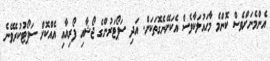
އެންމެނަށްވެސް ކޮންމެ މާހައުލަކާވެސް އެކަށޭނެގޮތަކަށް. އަދި ސަޕޯޓަރުންގެ ޖޯޝާއި ފޯރިއާއި އެއްކޮށް ސަޕޯޓުކުރެވޭނެ